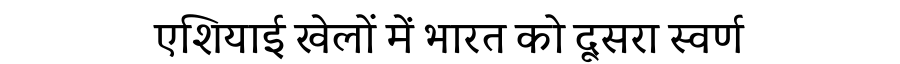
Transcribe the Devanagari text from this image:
एशियाई खेलों में भारत को दूसरा स्वर्ण